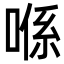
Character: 喺